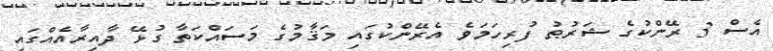
އެސް 3 ރޭންކުގެ ޝަރުޠު ފުރިހަމަވެ އެރޭންކުގައި މަޤާމުގެ މަސައްކަތާ ގުޅޭ ދާއިރާއެއްގައި